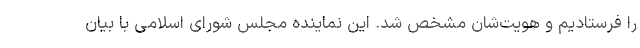
را فرستادیم و هویت‌شان مشخص شد. این نماینده مجلس شورای اسلامی با بیان